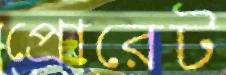
প্রোরেট